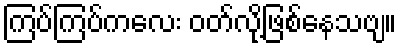
ကြပ်ကြပ်ကလေး ဝတ်လို့ဖြစ်နေသဗျ။